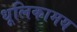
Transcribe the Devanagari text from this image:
धूलिकामय